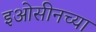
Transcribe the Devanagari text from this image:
इओसीनच्या